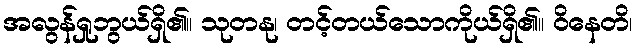
အလွန်ရှုဘွယ်ရှိ၏။ သုတနု၊ တင့်တယ်သောကိုယ်ရှိ၏။ ဝိနေတိ၊